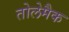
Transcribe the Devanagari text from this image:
तोलेमैक